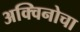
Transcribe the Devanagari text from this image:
अक्विनोचा